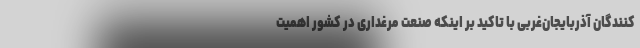
کنندگان آذربایجان‌غربی با تاکید بر اینکه صنعت مرغداری در کشور اهمیت